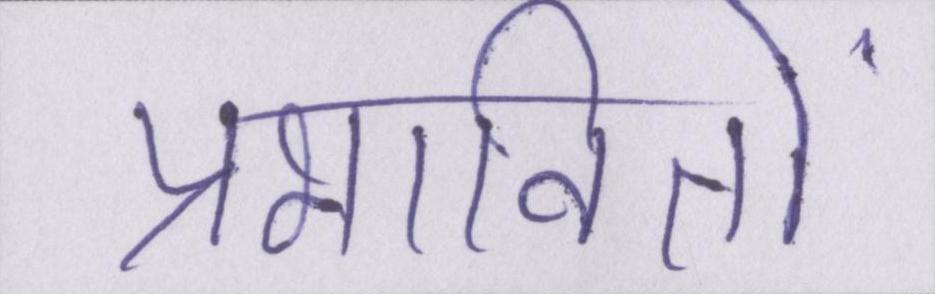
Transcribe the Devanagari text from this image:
प्रभावितों